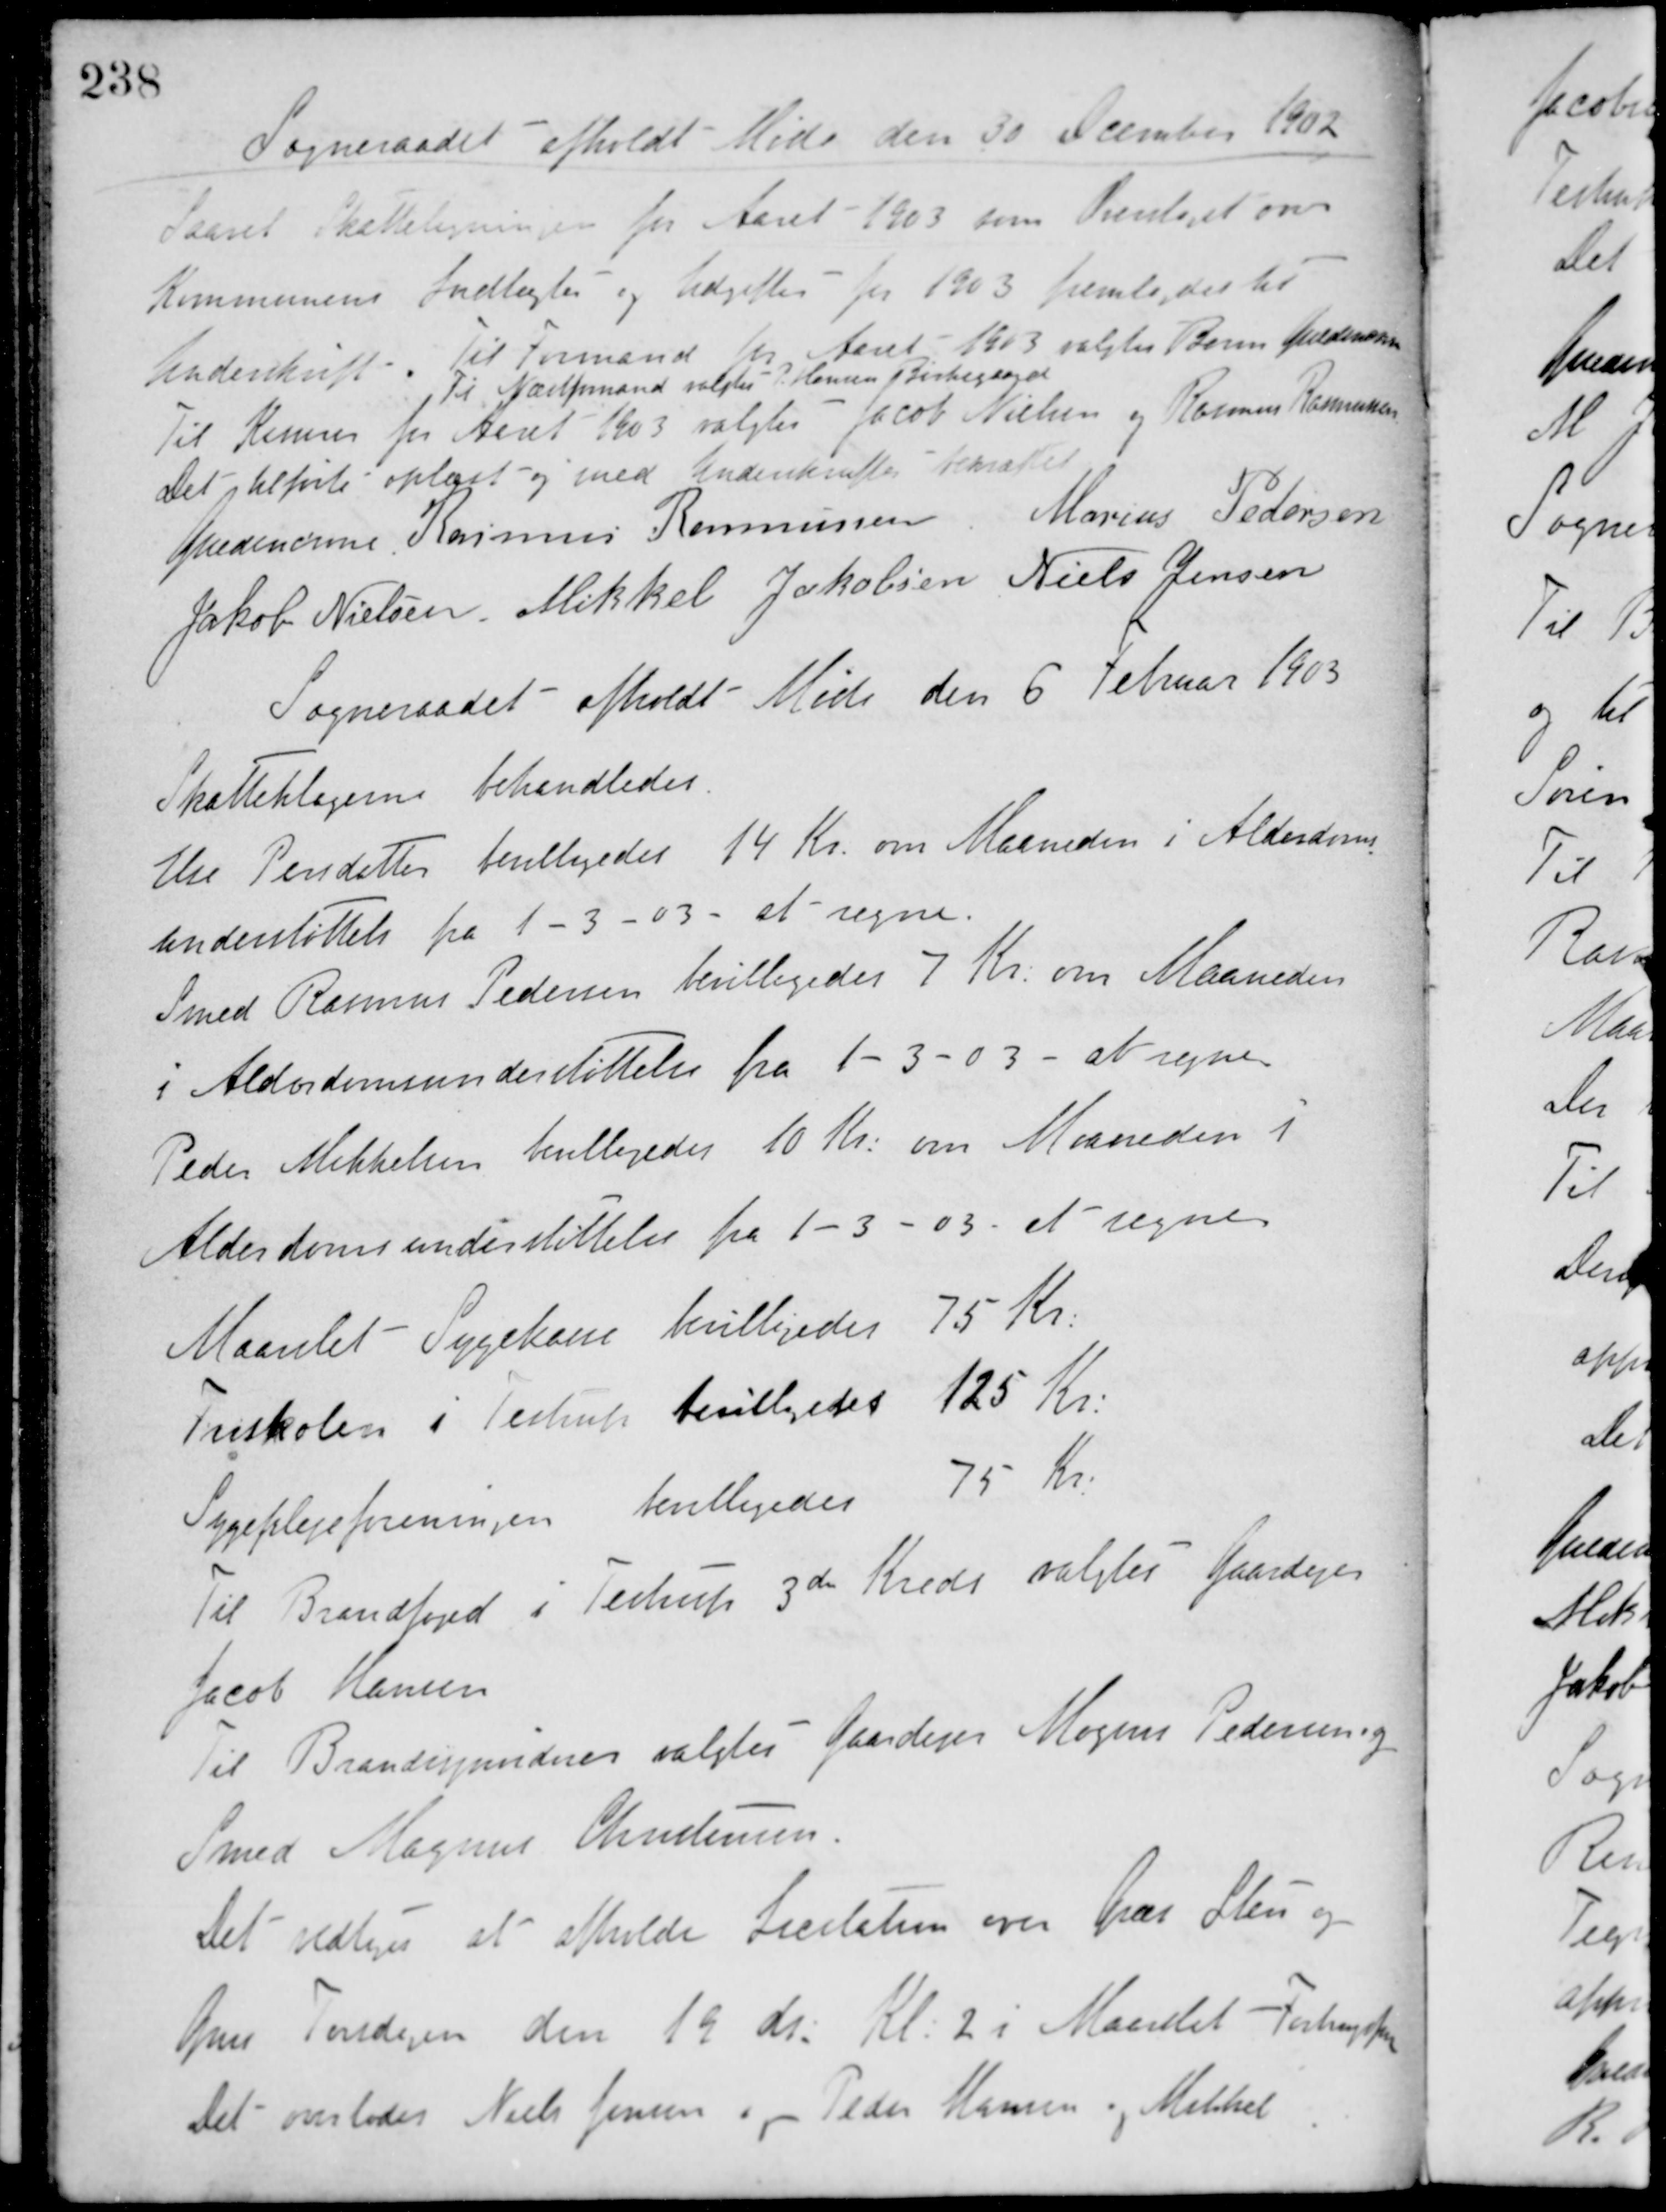
Transskription:
Sogneraadet afholdt Møde den 30 December 1902
Saavel Skatteligningen for Aaret 1903 som Overslaget over
Kommunens Indtægter og Udgifter for 1903 fremlagdes til
Underskrift. Til Formand for Aaret 1903 valgtes Baron Guldencrone
Til Næstformand valgtes P. Hansen Birkegaard.
Til Kæmner for Aaret 1903 valgtes Jacob Nielsen og Rasmus Rasmussen.
Det tilførte oplæst og med Underskrifter bekræftet
Guldencrone Rasmus Rasmussen Marius Pedersen
Jakob Nielsen Mikkel Jakobsen Niels Jensen
Sogneraadet afholdt Møde den 6 Februar 1903
Skatteklagerne behandledes.
Else Persdatter bevilligedes 14 Kr. om Maaneden i Alderdoms-
understøttelse fra 1 - 3 - 03 - at regne.
Smed Rasmus Pedersen bevilligedes 7 Kr. om Maaneden
i Alderdomsunderstøttelse fra 1 - 3 - 03 - at regne.
Peder Mikkelsen bevilligedes 10 Kr. om Maaneden i
Alderdomsunderstøttelse fra 1 - 3 - 03 at regne.
Maarslet Sygekasse bevilligedes 75 Kr.
Friskolen i Testrup bevilligedes 125 Kr.
Sygeplejeforeningen bevilligedes 75 Kr.
Til Brandfoged i Testrup 3die Kreds valgtes Gaardejer
Jacob Hansen.
Til Brandsynsvidner valgtes Gaardejer Mogens Pedersen og
Smed Magnus Christensen.
Det vedtoges at afholde Licitation over Græs Sten og
Grus Torsdagen den 19 ds. Kl. 2 i Maarslet Forbrugsfore
Det overlodes Niels Jensen og Peder Hansen og Mikkel